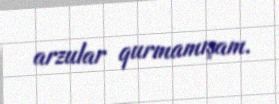
arzular qurmamışam.